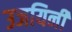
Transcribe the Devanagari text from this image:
उजयिनी